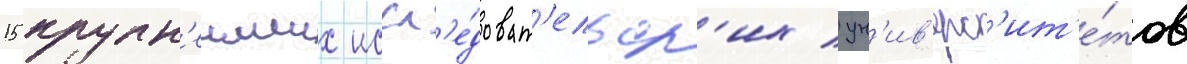
15 крупн'еиших иссл'е́доват'ельск'их ун'ив'ерс'ит'е́тов